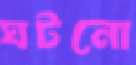
ঘটনো